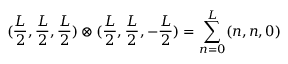
( \frac { L } { 2 } , \frac { L } { 2 } , \frac { L } { 2 } ) \otimes ( \frac { L } { 2 } , \frac { L } { 2 } , - \frac { L } { 2 } ) = \sum _ { n = 0 } ^ { L } ( n , n , 0 )